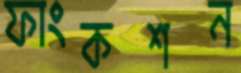
ফাংকশন